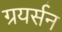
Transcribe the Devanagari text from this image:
ग्रयर्सन